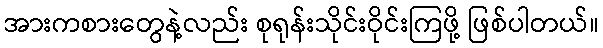
အားကစားတွေနဲ့လည်း စုရုန်းသိုင်းဝိုင်းကြဖို့ ဖြစ်ပါတယ်။